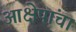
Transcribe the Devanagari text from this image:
आक्षेपांचा